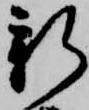
新